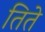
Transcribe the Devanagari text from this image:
तिते